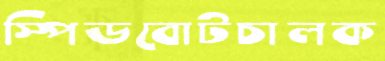
স্পিডবোটচালক